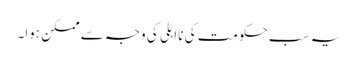
یہ سب حکومت کی نااہلی کی وجہ سے ممکن ہوا۔